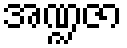
အဏ္ဍဇာ